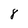
Character: 8